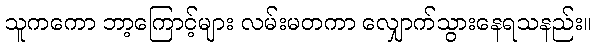
သူကကော ဘာ့ကြောင့်များ လမ်းမတကာ လျှောက်သွားနေရသနည်း။